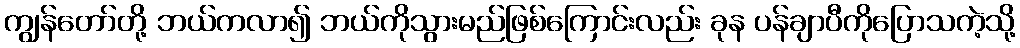
ကျွန်တော်တို့ ဘယ်ကလာ၍ ဘယ်ကိုသွားမည်ဖြစ်ကြောင်းလည်း ခုန ပန်ချာပီကိုပြောသကဲ့သို့